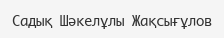
Садық Шәкелұлы Жақсығұлов